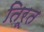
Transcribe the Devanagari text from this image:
तिरूत